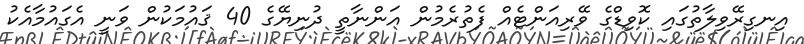
އިނގިރޭވިލާތުގައި ކޮވިޑްގެ ވޭރިއަންޓެއް ފެތުރެމުން އަންނާތީ ދުނިޔޭގެ 40 ޤައުމަކުން ވަނީ އެގައުމާއެކު